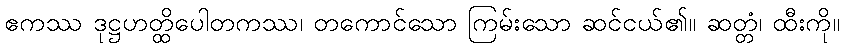
ဧကဿ ဒုဋ္ဌဟတ္ထိပေါတကဿ၊ တကောင်သော ကြမ်းသော ဆင်ငယ်၏။ ဆတ္တံ၊ ထီးကို။